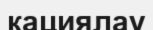
кациялау